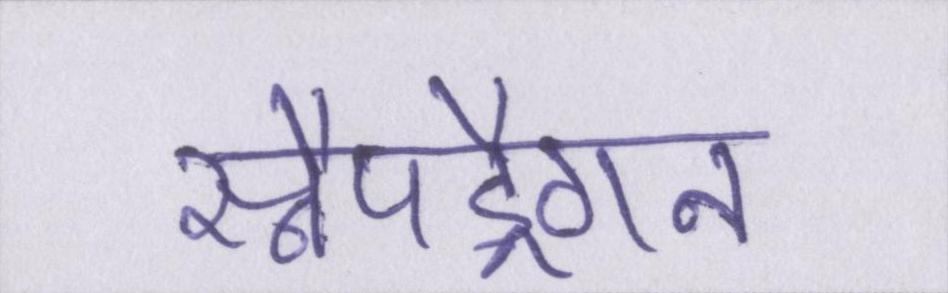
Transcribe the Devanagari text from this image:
स्नैपड्रैगन